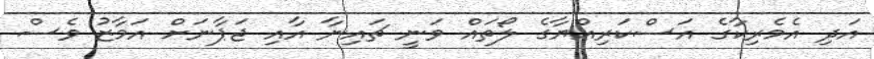
އަދި އެމެރިކާގެ އަސްކަރިއްޔާގެ ލޯތައް ވަނީ ޗައިނާ އާއި ޖަޕާނަށް އަމާޒު ވެސް